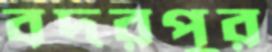
বদরপুর